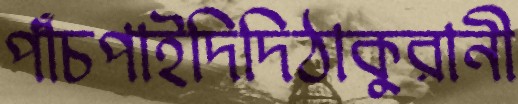
পাঁচপাইদিদিঠাকুরানী